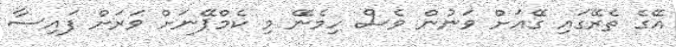
އޭގެ ތެރޭގައި ގޭއަށް ވަނުން ވެސް ހިމެނޭ މި ކެމްޕޭނަށް ވަރަށް ފައިސާ